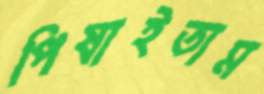
পিষাইতাম